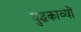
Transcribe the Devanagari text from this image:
युद्धकाव्यों